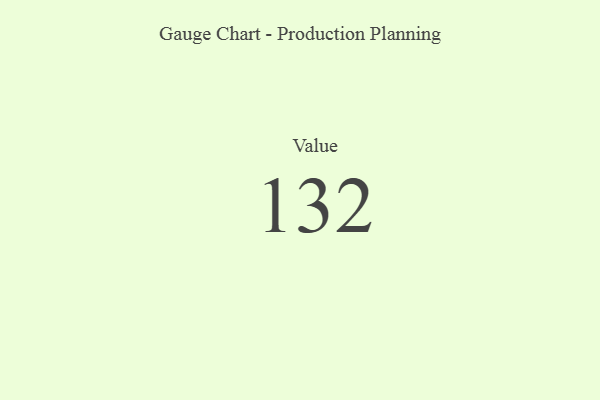
{"axis": {"x": "Metric", "y": "Value"}, "legend": [""], "data": [{"x": "Value", "y": 132, "type": ""}]}